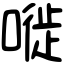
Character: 嘥